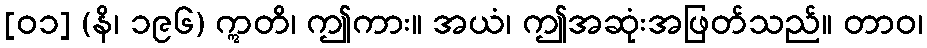
[၀၁] (နိ၊ ၁၉၆) ဣတိ၊ ဤကား။ အယံ၊ ဤအဆုံးအဖြတ်သည်။ တာဝ၊